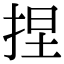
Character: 捏